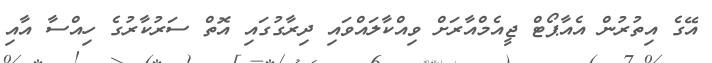
އޭގެ އިތުރުން އެއާޕޯޓް ޖީއެމްއާރަށް ވިއްކާލައްވައި ދިރާގުގައި އޮތް ސަރުކާރުގެ ހިއްސާ އާއި